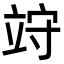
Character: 𥩽